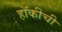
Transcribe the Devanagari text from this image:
हॉकीची